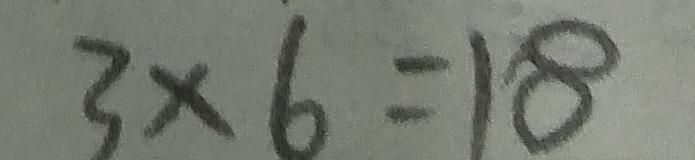
3 \times 6 = 1 8